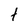
Character: t